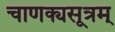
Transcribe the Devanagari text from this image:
चाणक्यसूत्रम्